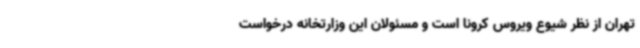
تهران از نظر شیوع ویروس کرونا است و مسئولان این وزارتخانه درخواست